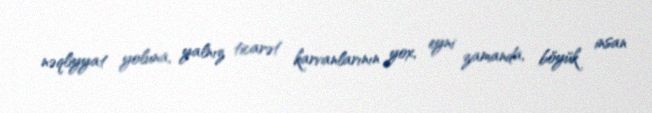
nəqliyyat yoluna, yalnız ticarət karvanlarının yox, eyni zamanda, böyük insan